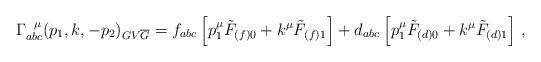
LaTeX: \begin{align*}\Gamma^{\hspace{0.2cm}\mu}_{abc} (p_{1}, k, -p_{2})_{GV{\overline{G}}}= f_{abc}\left[ p^{\mu}_{1} \tilde{F}_{(f)0} + k^{\mu} \tilde{F}_{(f) 1} \right]+ d_{abc} \left[ p^{\mu}_{1} \tilde{F}_{(d)0} + k^{\mu} \tilde{F}_{(d)1}\right] \, ,\end{align*}